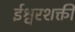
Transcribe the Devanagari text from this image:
ईश्वरशक्ती